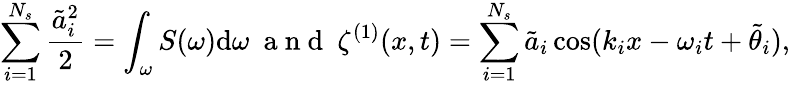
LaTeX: \sum_{i=1}^{N_{s}}\frac{\tilde{a}_{i}^{2}}{2}=\int_{\omega}S(\omega)\mathrm{d}\omega~\mathrm{~a~n~d~}~\zeta^{(1)}(x,t)=\sum_{i=1}^{N_{s}}\tilde{a}_{i}\cos(k_{i}x-\omega_{i}t+\tilde{\theta}_{i}),